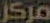
مركز